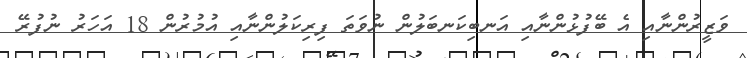
ވަޒީރުންނާއި އެ ބޭފުޅުންނާއި އަނބިކަނބަލުން ނުވަތަ ފިރިކަލުންނާއި އުމުރުން 18 އަހަރު ނުފުރޭ